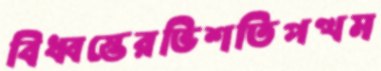
বিধ্বস্তেরভিশতিপত্থম